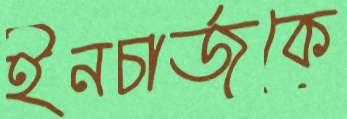
ইনচার্জকে